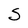
Character: S